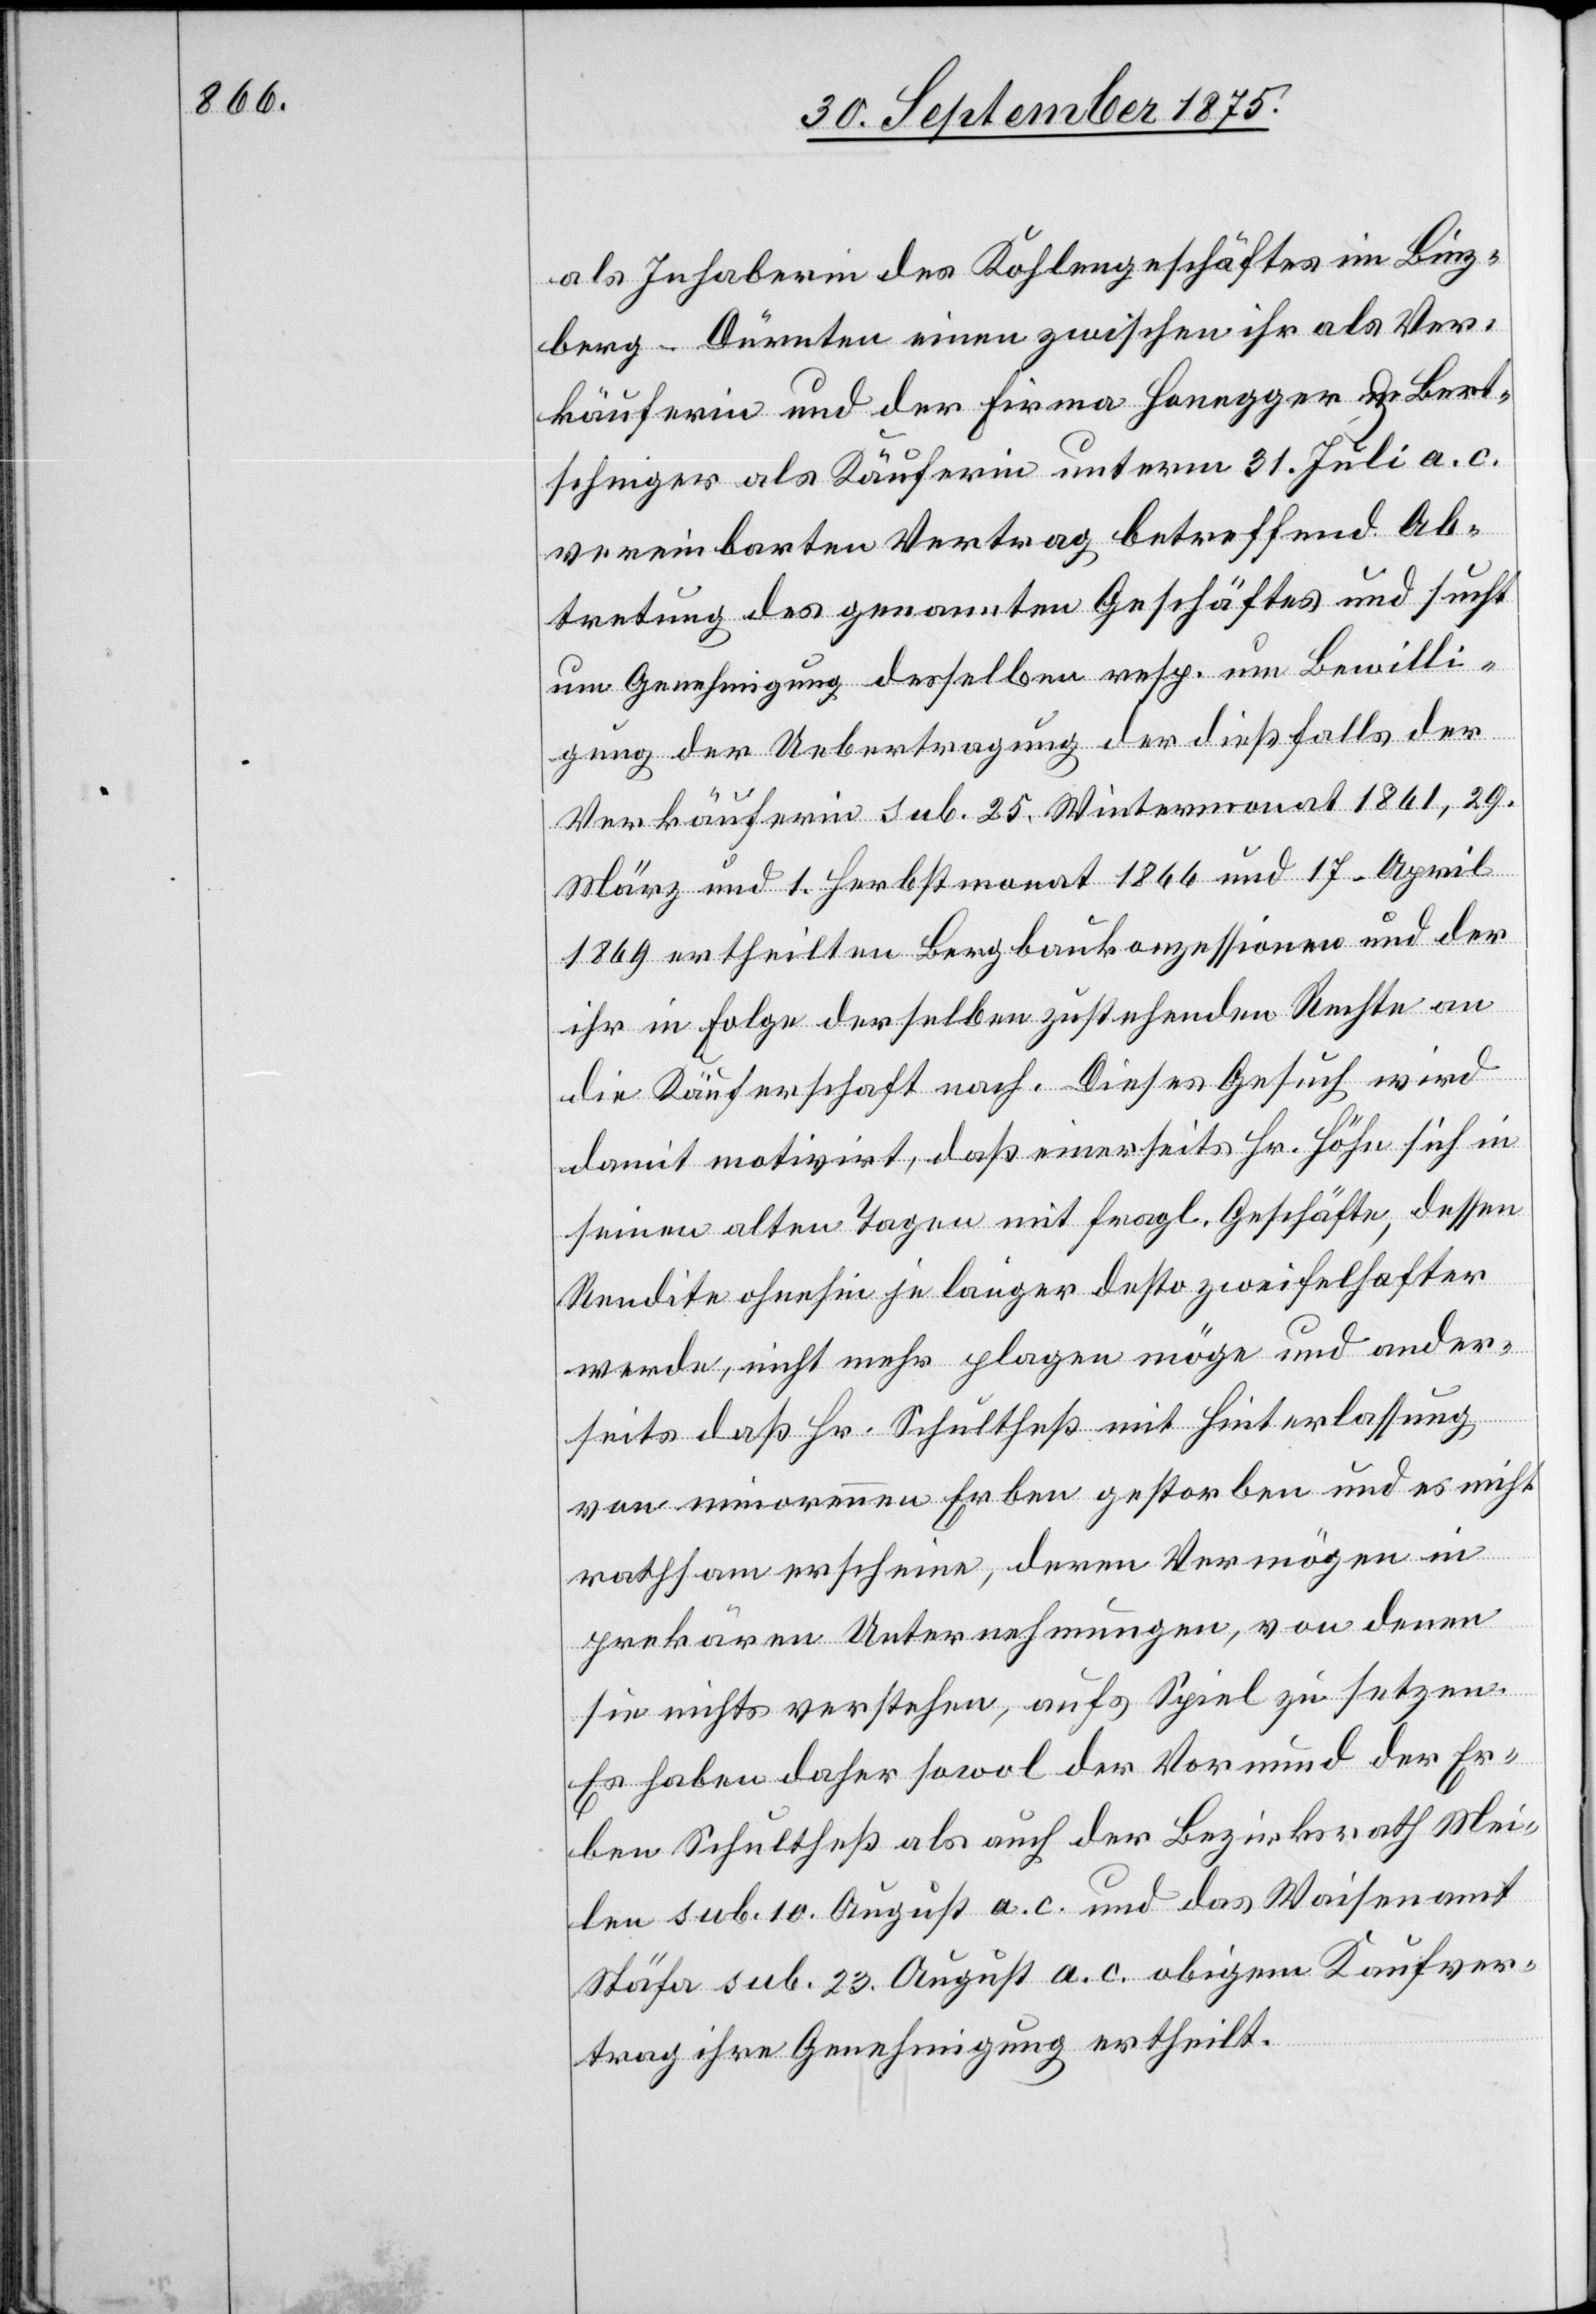
als Inhaberin des Kohlengeschäftes im Binz¬
berg - Dürnten einen zwischen ihr als Ver¬
käuferin und der Firma Honegger & Bert¬
schinger als Käuferin unterm 31. Juli a. c.
vereinbarten Vertrag betreffend Ab¬
tretung des genannten Geschäftes und sucht
um Genehmigung desselben resp. um Bewilli¬
gung der Uebertragung der dießfalls der
Verkäuferin sub. 25. Wintermonat 1861, 29.
März und 1. Herbstmonat 1866 und 17. April
1869 ertheilten Bergbaukonzessionen und der
ihr in Folge derselben zustehenden Rechte an
die Käuferschaft nach. Dieses Gesuch wird
damit motivirt, daß einerseits Hr. Höhn sich in
seinen alten Tagen mit fragl. Geschäfte, dessen
Rendite ohnehin je länger desto zweifelhafter
werde, nicht mehr plagen möge und ander¬
seits daß Hr. Schultheß mit Hinterlassung
von minorennen Erben gestorben und es nicht
rathsam erscheine, deren Vermögen in
prekären Unternehmungen, von denen
sie nichts verstehen, aufs Spiel zu setzen.
Es haben daher sowol der Vormund der Er¬
ben Schultheß als auch der Bezirksrath Mei¬
len sub. 10. August a. c. und das Waisenamt
Stäfa sub. 23. August a. c. obigem Kaufver¬
trag ihre Genehmigung ertheilt.